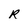
Character: R